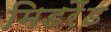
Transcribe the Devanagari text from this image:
मिडरैंड